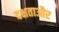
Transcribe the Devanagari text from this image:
दक्षताऔर